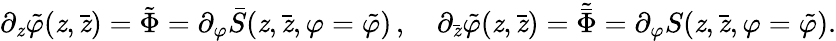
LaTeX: \partial_{\mathit{z}}\tilde{{\varphi}}(\mathit{z},\bar{{\mathit{z}}})=\tilde{{\Phi}}=\partial_{\varphi}\bar{{S}}(\mathit{z},\bar{{\mathit{z}}},\varphi=\tilde{{\varphi}})\, ,\quad\partial_{\bar{{\mathit{z}}}}\tilde{{\varphi}}(\mathit{z},\bar{{\mathit{z}}})=\tilde{{\bar{{\Phi}}}}=\partial_{\varphi}S(\mathit{z},\bar{{\mathit{z}}},\varphi=\tilde{{\varphi}}).